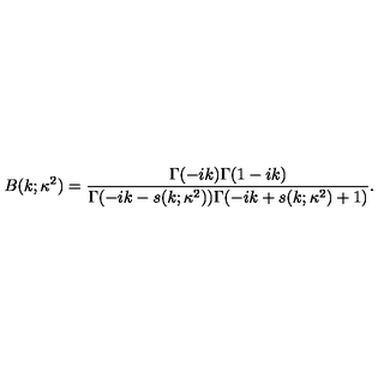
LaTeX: B ( k ; \kappa ^ { 2 } ) = \frac { \Gamma ( - i k ) \Gamma ( 1 - i k ) } { \Gamma ( - i k - s ( k ; \kappa ^ { 2 } ) ) \Gamma ( - i k + s ( k ; \kappa ^ { 2 } ) + 1 ) } .